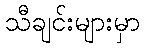
သီချင်းများမှာ